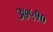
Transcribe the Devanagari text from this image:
३७५१०